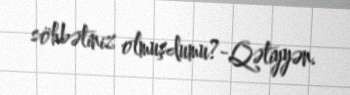
söhbətiniz olmuşdumu?-Qətiyyən.